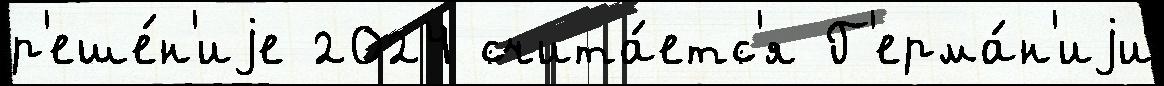
р'еше́н'иjе 2024 счита́етс'я Г'ерма́н'иjи